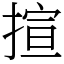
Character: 揎